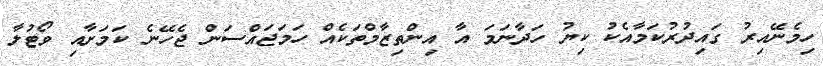
ހިމެނޭއިރު ގައިދުރުކަމާއެކު ކިޔު ހަދާނަމަ އާ އިންތިޒާމްތަކެއް ހަމަޖައްސަން ޖެހޭނެ ކަމަށާއި ވޯޓުލާ